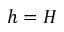
h = H